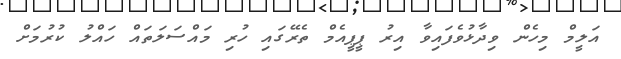
އަލީމް މިހެން ވިދާޅުވެފައިވާ އިރު ޕީޕީއެމް ތެރޭގައި ހުރި މައްސަލަތައް ހައްލު ކުރުމަށް